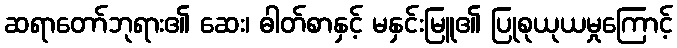
ဆရာတော်ဘုရား၏ ဆေး၊ ဓါတ်စာနှင့် မနှင်းမြူ၏ ပြုစုယုယမှုကြောင့်